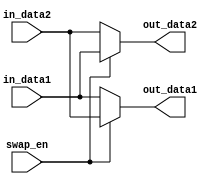
module swap #(
    parameter BW=32
)
(
    input swap_en,
    input [BW-1:0] in_data1,
	input [BW-1:0] in_data2,
    output [BW-1:0] out_data1,
	output [BW-1:0] out_data2
);
reg [BW-1:0] temp1, temp2;
always @(swap_en, in_data1, in_data2) begin
    if(swap_en) begin
        temp2 <= in_data1;
        temp1 <= in_data2;
    end else begin
        temp1 <= in_data1;
        temp2 <= in_data2;
    end
end

assign out_data1 = temp1;
assign out_data2 = temp2;
endmodule